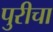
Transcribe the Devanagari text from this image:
पुरीचा